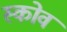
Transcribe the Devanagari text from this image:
स्‍कोव